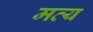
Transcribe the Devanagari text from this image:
मत्य